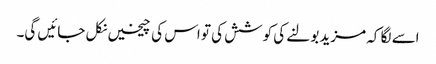
اسے لگا کہ مزید بولنے کی کوشش کی تو اس کی چیخیں نکل جائیں گی۔